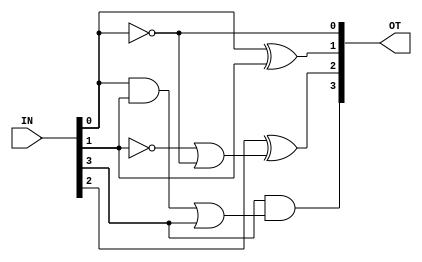
module E3_toBc(OT,IN);

input [3:0]IN;
output [3:0]OT;
wire w1,w2,w3,w4;

not n1(OT[0],IN[0]);
xor xr1(OT[1],IN[0],IN[1]);
not n2(w1,IN[1]);
or (w2,w1,OT[0]);
xor xr2(OT[2],IN[2],w2);
and (w3,IN[0],IN[1]);
or (w4,w3,IN[3]);
and(OT[3],IN[3],w4);

endmodule

module e3pt;

reg [3:0]IN;
wire [3:0]OT;
E3_toBc  p1(OT,IN); 
initial
begin
#0 IN=4'd3;
#100 IN=4'd4; 
#100 IN=4'd5; 
#100 IN=4'd6; 
#100 IN=4'd7; 
#100 IN=4'd8;
#100 IN=4'd9; 
end
endmodule